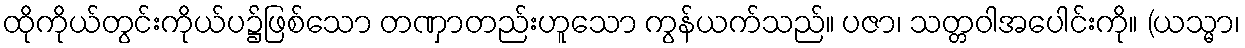
ထိုကိုယ်တွင်းကိုယ်ပ၌ဖြစ်သော တဏှာတည်းဟူသော ကွန်ယက်သည်။ ပဇာ၊ သတ္တဝါအပေါင်းကို။ (ယသ္မာ၊